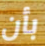
بأن